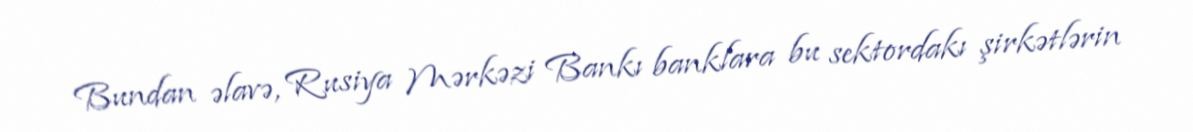
Bundan əlavə, Rusiya Mərkəzi Bankı banklara bu sektordakı şirkətlərin